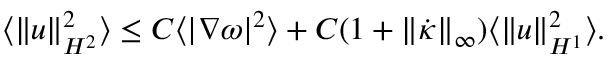
\begin{array} { r } { \langle \| u \| _ { H ^ { 2 } } ^ { 2 } \rangle \leq C \langle | \nabla \omega | ^ { 2 } \rangle + C ( 1 + \| \dot { \kappa } \| _ { \infty } ) \langle \| u \| _ { H ^ { 1 } } ^ { 2 } \rangle . } \end{array}